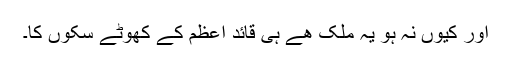
اور کیوں نہ ہو یہ ملک ھے ہی قائدِ اعظم کے کھوٹے سکوں کا۔